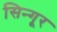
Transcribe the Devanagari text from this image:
सिन्गूर